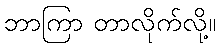
ဘာကြာ တာလိုက်လို့။